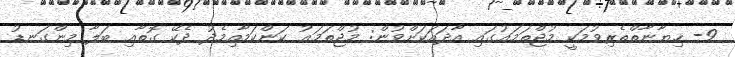
9- ޚިޔާނާތްތެރިވުމަކީ މުޖްތަމަޢުގައި އާދައަކަށްވުން: މުޖްތަމަޢު ކަންކަމާއިމެދު ދެކޭ ގޮތާއި ބަލާ މިންގަނޑު